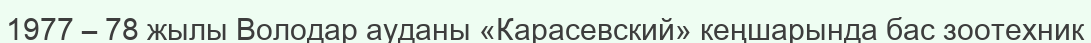
1977 – 78 жылы Володар ауданы «Карасевский» кеңшарында бас зоотехник